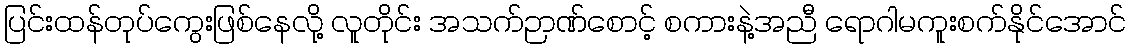
ပြင်းထန်တုပ်ကွေးဖြစ်နေလို့ လူတိုင်း အသက်ဉာဏ်စောင့် စကားနဲ့အညီ ရောဂါမကူးစက်နိုင်အောင်